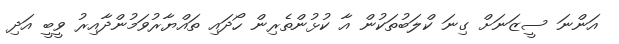
އަންނަ ސީޒަނަށް ގިނަ ކްލަބުތަކުން އާ ކުޅުންތެރިން ހޯދައި ތައްޔާރުވަމުންދާއިރު ވީބީ އަދި